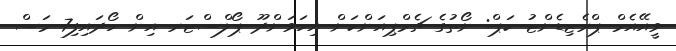
ވީއޭއެމް ޕްރެޒިޑެންޓު ކަޕް: ނޯތުގެ ޗެމްޕިއަންކަން އިހަވަންދޫ ޕޯލްސްޓަރ އިން ހޯދައިފި7 މަސް